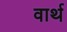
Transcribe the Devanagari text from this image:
वार्थ